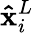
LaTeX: \mathbf{\hat{x}}_{i}^{L}